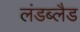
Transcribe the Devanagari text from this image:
लंडब्लैड